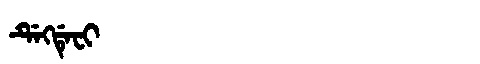
Manchu: ᡩᡝᡴᡩᡝᠸᡳ
Romanization: DEKDEFI